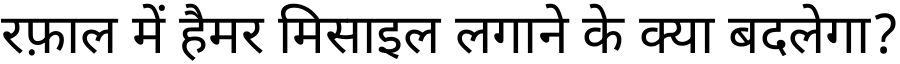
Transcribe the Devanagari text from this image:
रफ़ाल में हैमर मिसाइल लगाने के क्या बदलेगा?